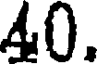
40.